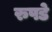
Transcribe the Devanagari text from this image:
रुपडे